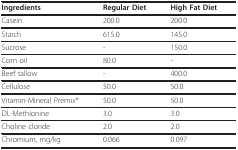
<table><thead><tr><td><b>Ingredients</b></td><td><b>Regular Diet</b></td><td><b>High Fat Diet</b></td></tr></thead><tbody><tr><td>Casein</td><td>200.0</td><td>200.0</td></tr><tr><td>Starch</td><td>615.0</td><td>145.0</td></tr><tr><td>Sucrose</td><td>-</td><td>150.0</td></tr><tr><td>Corn oil</td><td>80.0</td><td>-</td></tr><tr><td>Beef tallow</td><td>-</td><td>400.0</td></tr><tr><td>Cellulose</td><td>50.0</td><td>50.0</td></tr><tr><td>Vitamin-Mineral Premix*</td><td>50.0</td><td>50.0</td></tr><tr><td>DL-Methionine</td><td>3.0</td><td>3.0</td></tr><tr><td>Choline cloride</td><td>2.0</td><td>2.0</td></tr><tr><td>Chromium, mg/kg</td><td>0.066</td><td>0.097</td></tr></tbody></table>